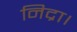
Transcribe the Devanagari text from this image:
निद्रा।